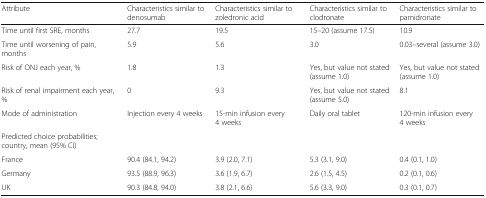
<table><thead><tr><td><b>Attribute</b></td><td><b>Characteristics similar to denosumab</b></td><td><b>Characteristics similar to zoledronic acid</b></td><td><b>Characteristics similar to clodronate</b></td><td><b>Characteristics similar to pamidronate</b></td></tr></thead><tbody><tr><td>Time until first SRE, months</td><td>27.7</td><td>19.5</td><td>15–20 (assume 17.5)</td><td>10.9</td></tr><tr><td>Time until worsening of pain, months</td><td>5.9</td><td>5.6</td><td>3.0</td><td>0.03–several (assume 3.0)</td></tr><tr><td>Risk of ONJ each year, %</td><td>1.8</td><td>1.3</td><td>Yes, but value not stated (assume 1.0)</td><td>Yes, but value not stated (assume 1.0)</td></tr><tr><td>Risk of renal impairment each year, %</td><td>0</td><td>9.3</td><td>Yes, but value not stated (assume 5.0)</td><td>8.1</td></tr><tr><td>Mode of administration</td><td>Injection every 4 weeks</td><td>15-min infusion every 4 weeks</td><td>Daily oral tablet</td><td>120-min infusion every 4 weeks</td></tr><tr><td>Predicted choice probabilities; country, mean (95% CI)</td><td></td><td></td><td></td><td></td></tr><tr><td>France</td><td>90.4 (84.1, 94.2)</td><td>3.9 (2.0, 7.1)</td><td>5.3 (3.1, 9.0)</td><td>0.4 (0.1, 1.0)</td></tr><tr><td>Germany</td><td>93.5 (88.9, 96.3)</td><td>3.6 (1.9, 6.7)</td><td>2.6 (1.5, 4.5)</td><td>0.2 (0.1, 0.6)</td></tr><tr><td>UK</td><td>90.3 (84.8, 94.0)</td><td>3.8 (2.1, 6.6)</td><td>5.6 (3.3, 9.0)</td><td>0.3 (0.1, 0.7)</td></tr></tbody></table>